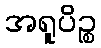
အရူပိဉ္စ